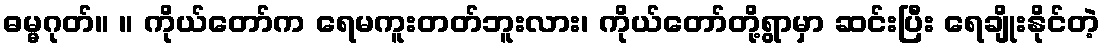
ဓမ္မဂုတ်။ ။ ကိုယ်တော်က ရေမကူးတတ်ဘူးလား၊ ကိုယ်တော်တို့ရွာမှာ ဆင်းပြီး ရေချိုးနိုင်တဲ့